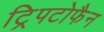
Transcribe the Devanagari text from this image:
ट्रिपटोफैन